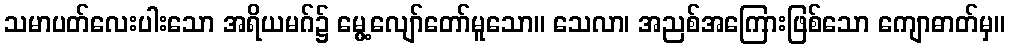
သမာပတ်လေးပါးသော အရိယမဂ်၌ မွေ့လျော်တော်မူသော။ သေလာ၊ အညစ်အကြေားဖြစ်သော ကျောဓာတ်မှ။